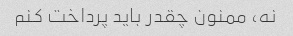
نه، ممنون چقدر باید پرداخت کنم